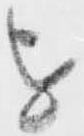
を